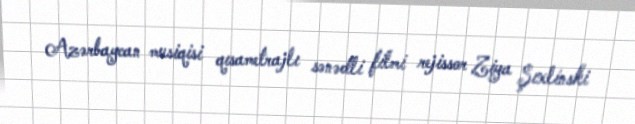
Azərbaycan musiqisi qısametrajlı sənədli filmi rejissor Ziya Şıxlinski